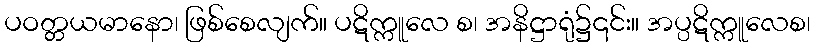
ပဝတ္တယမာနော၊ ဖြစ်စေလျက်။ ပဋိက္ကူလေ စ၊ အနိဋ္ဌာရုံ၌၎င်း။ အပ္ပဋိက္ကူလေစ၊